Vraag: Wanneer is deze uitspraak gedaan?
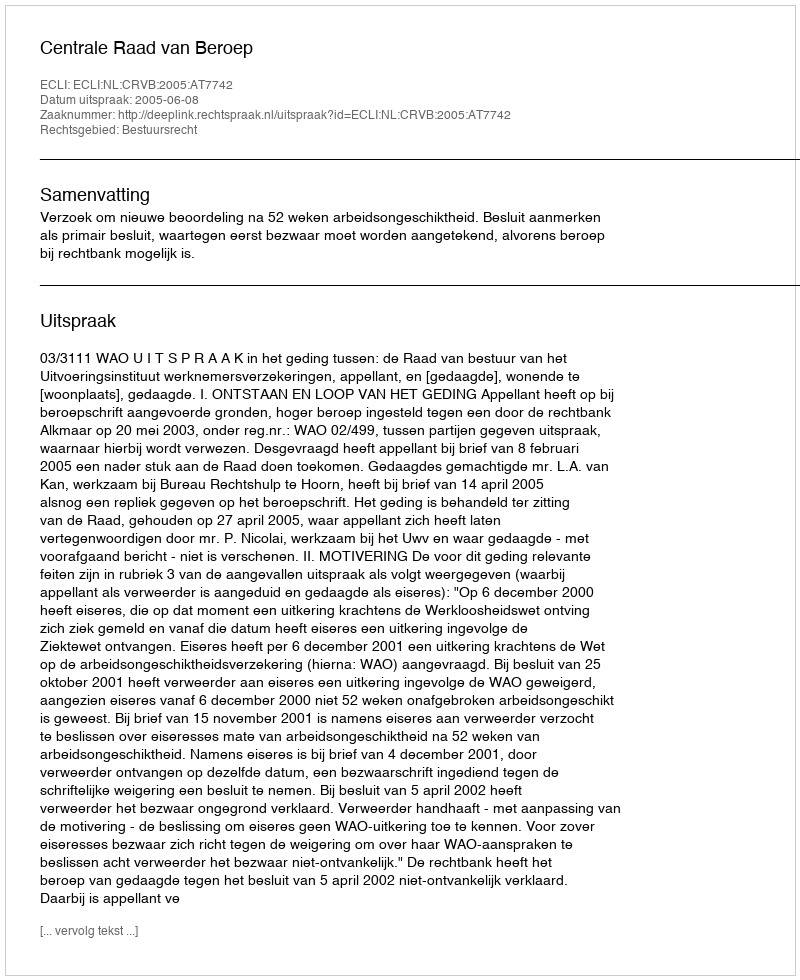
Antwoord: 2005-06-08